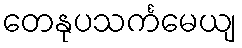
တေနုပသင်္ကမေယျ